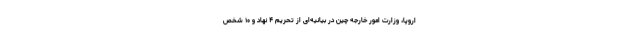
اروپا، وزارت امور خارجه چین در بیانیه‌ای از تحریم ۴ نهاد و ۱۰ شخص